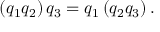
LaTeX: \left( q _ { 1 } q _ { 2 } \right) q _ { 3 } = q _ { 1 } \left( q _ { 2 } q _ { 3 } \right) .